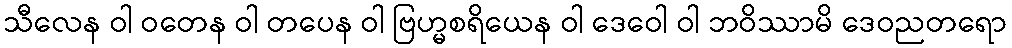
သီလေန ဝါ ဝတေန ဝါ တပေန ဝါ ဗြဟ္မစရိယေန ဝါ ဒေဝေါ ဝါ ဘဝိဿာမိ ဒေဝညတရော